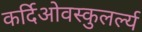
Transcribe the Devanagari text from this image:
कर्दिओवस्कुलर्ल्य